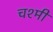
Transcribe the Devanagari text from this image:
चश्मी